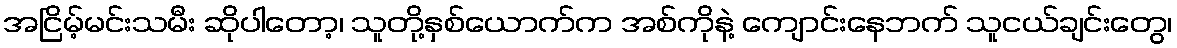
အငြိမ့်မင်းသမီး ဆိုပါတော့၊ သူတို့နှစ်ယောက်က အစ်ကိုနဲ့ ကျောင်းနေဘက် သူငယ်ချင်းတွေ၊